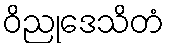
ဝိညုဒေသိတံ